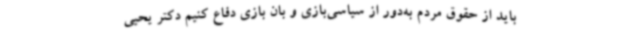
باید از حقوق مردم به‌دور از سیاسی‌بازی و بان بازی دفاع کنیم دکتر یحیی